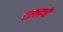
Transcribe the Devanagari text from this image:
टस्कागी